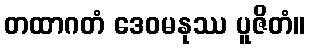
တထာဂတံ ဒေဝမနုဿ ပူဇိတံ။